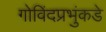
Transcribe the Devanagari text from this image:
गोविंदप्रभुंकडे